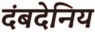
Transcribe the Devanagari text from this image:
दंबदेनिय